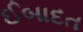
ઈબાદત